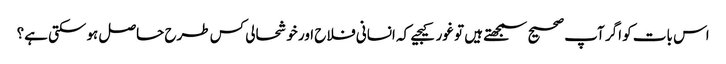
اس بات کو اگر آپ صحیح سمجھتے ہیں تو غور کیجیے کہ انسانی فلاح اور خوشحالی کس طرح حاصل ہوسکتی ہے؟